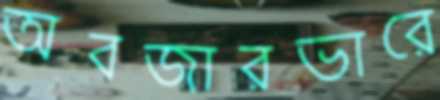
অবজারভারে